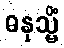
ဓနုသ္မိံ